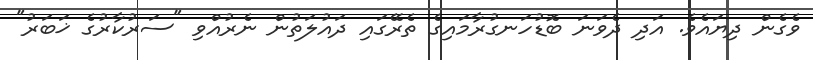
ވެގެން ދިޔައެވެ. އަދި ދެވަނަ ބޮޑުހަނގުރާމައިގެ ތެރޭގައި ދައުލަތުން ނެރުއްވި "ސަރުކާރުގެ ޚަބަރު"